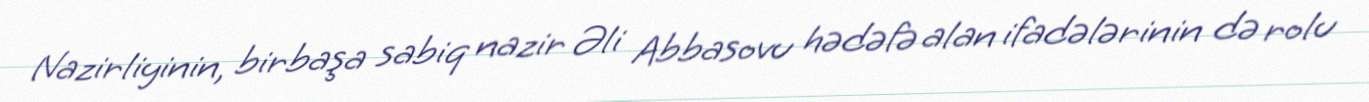
Nazirliyinin, birbaşa sabiq nazir Əli Abbasovu hədəfə alan ifadələrinin də rolu